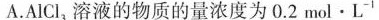
A.AlCl_{3}溶液的物质的量浓度为0.2mol·L^{-1}